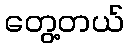
တွေ့တယ်